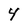
Character: 4